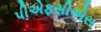
પીએફસીએસ